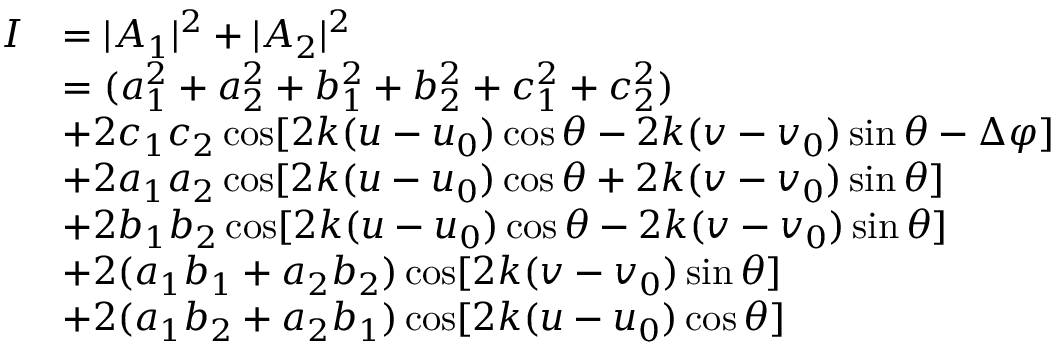
\begin{array} { r l } { I } & { = | A _ { 1 } | ^ { 2 } + | A _ { 2 } | ^ { 2 } } \\ & { = ( a _ { 1 } ^ { 2 } + a _ { 2 } ^ { 2 } + b _ { 1 } ^ { 2 } + b _ { 2 } ^ { 2 } + c _ { 1 } ^ { 2 } + c _ { 2 } ^ { 2 } ) } \\ & { + 2 c _ { 1 } c _ { 2 } \cos [ 2 k ( u - u _ { 0 } ) \cos \theta - 2 k ( v - v _ { 0 } ) \sin \theta - \Delta \varphi ] } \\ & { + 2 a _ { 1 } a _ { 2 } \cos [ 2 k ( u - u _ { 0 } ) \cos \theta + 2 k ( v - v _ { 0 } ) \sin \theta ] } \\ & { + 2 b _ { 1 } b _ { 2 } \cos [ 2 k ( u - u _ { 0 } ) \cos \theta - 2 k ( v - v _ { 0 } ) \sin \theta ] } \\ & { + 2 ( a _ { 1 } b _ { 1 } + a _ { 2 } b _ { 2 } ) \cos [ 2 k ( v - v _ { 0 } ) \sin \theta ] } \\ & { + 2 ( a _ { 1 } b _ { 2 } + a _ { 2 } b _ { 1 } ) \cos [ 2 k ( u - u _ { 0 } ) \cos \theta ] } \end{array}